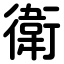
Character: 衛